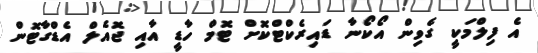
އެ ފިލްމަކީ ގެވިން އޯކޯނާ ޑައިރެކްޓްކޮށް ޓޮމް ހާޑީ އާއި ޖޮއެލް އެޑްގާޓޮން